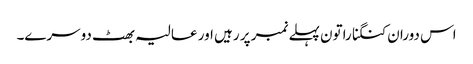
اس دوران کنگنا راتون پہلے نمبر پر رہیں اور عالیہ بھٹ دوسرے۔